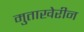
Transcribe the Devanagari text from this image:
मुताखेरीन